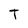
Character: T